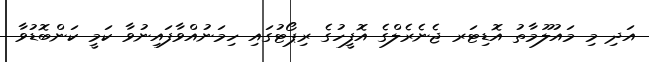
އަދި މި މައުލޫމާތު އޮޑިޓަރ ޖެނެރެލްގެ އޮފީހުގެ ރިޕޯޓުގައި ހިމަނުއްވާފައިނުވާ ކަމީ ކަންބޮޑުވާ